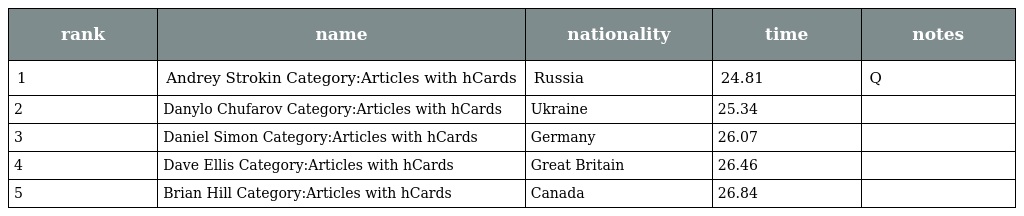
| rank | name | nationality | time | notes |
 | --- | --- | --- | --- | --- |
 | 1 | Andrey Strokin Category:Articles with hCards | Russia | 24.81 | Q |
 | 2 | Danylo Chufarov Category:Articles with hCards | Ukraine | 25.34 |  |
 | 3 | Daniel Simon Category:Articles with hCards | Germany | 26.07 |  |
 | 4 | Dave Ellis Category:Articles with hCards | Great Britain | 26.46 |  |
 | 5 | Brian Hill Category:Articles with hCards | Canada | 26.84 |  |